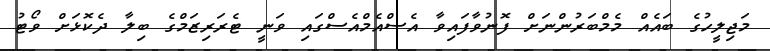
މަޖިލީހުގެ ބައެއް މެމްބަރުންނަށް ފޮނުވާފައިވާ އެސްއެމްއެސްގައި ވަނީ ޓެރަރިޒަމްގެ ބިލާ ދެކޮޅަށް ވޯޓު